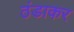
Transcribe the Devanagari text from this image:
ठंडाकर